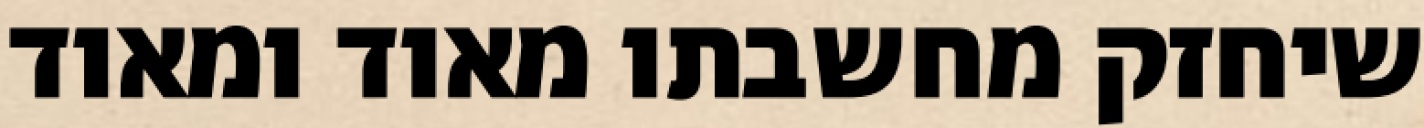
שיחזק מחשבתו מאוד ומאוד